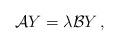
LaTeX: \begin{align*}\mathcal{A}Y=\lambda\mathcal{B}Y\, ,\end{align*}